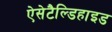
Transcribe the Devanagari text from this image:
ऐसेटैल्डिहाइड